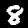
Digit: 8